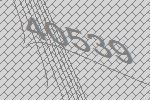
40539